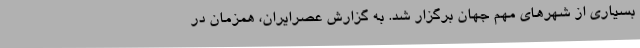
بسیاری از شهرهای مهم جهان برگزار شد. به گزارش عصرایران، همزمان در